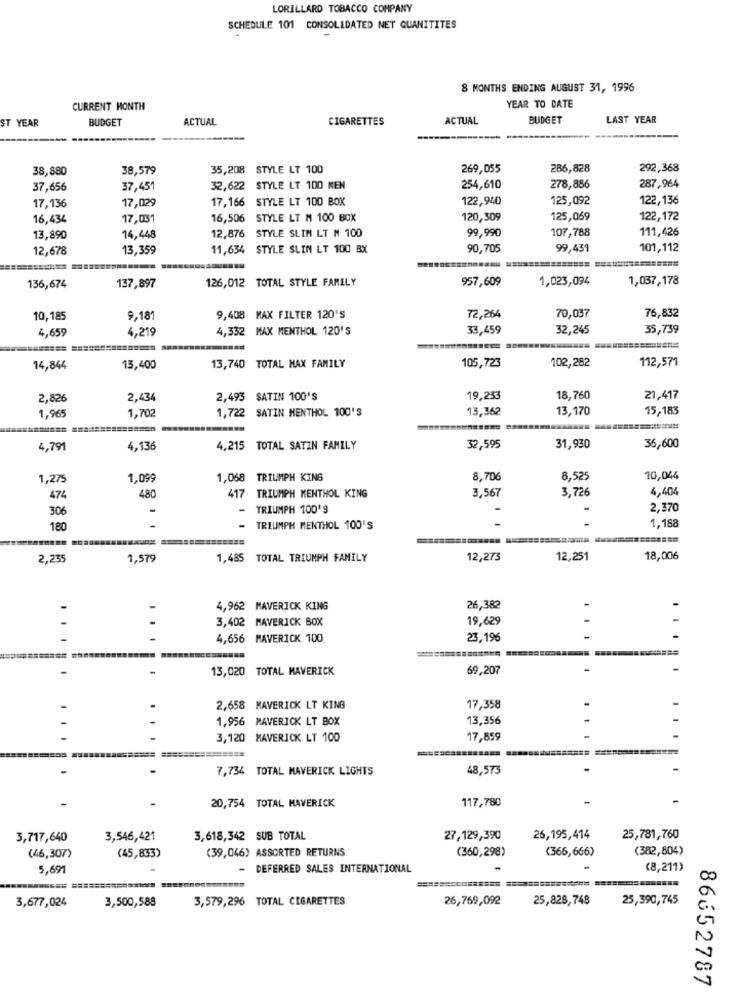
LORILLARD TOBACCO COMPANY
SCHEDULE 101 CONSOLIDATED NET QUANITITES
8 MONTHS ENDING AUGUST 31, 1996
CURRENT MONTH
YEAR TO DATE
ST YEAR
BUDGET
ACTUAL
CIGARETTES
ACTUAL
BUDGET
LAST YEAR
38,880
38,579
35,208 STYLE LT 100
269,055
286,828
292,368
287,964
37,656
37,451
32,622 STYLE LT 100 MEN
254,610
278,886
17,029
17,166 STYLE LT 100 BOX
122,940
125,092
122,136
17,136
16,434
17,031
16,506 STYLE LT M 100 BOX
120,309
125,069
122,172
12,876 STYLE SLIM LT M 100
99,990
107,788
111,426
13,890
14,448
12,678
13,359
11,634 STYLE SLIN LT 100 BX
90,705
99,431
101,112
126,012 TOTAL STYLE FAMILY
957,609
1,023,094
1,037,178
136,674
137,897
10,185
9,18
9,408 MAX FILTER 120'S
72,264
70,037
76,832
4,659
4,219
4,332 MAX MENTHOL 120'S
33,459
32,245
35,739
105,723
102,282
112,571
14,844
13,400
13,740
TOTAL MAX FAMILY
2,826
2,434
2,493 SATIN 100'S
19,233
18,760
21,417
1,722 SATIN MENTHOL 100'S
13,362
13,170
15,183
1,965
1,702
4,791
4,136
4,215 TOTAL SATIN FAMILY
32,595
31,930
36,600
1,275
1,099
1,068 TRIUMPH KING
8,706
8,525
10,044
TRIUMPH MENTHOL KING
3,567
3,726
4,404
474
480
417
306
-
TRIUMPH 100'S
2,370
1,188
180
- TRIUMPH MENTHOL 100'S
2,235
1,579
1,485 TOTAL TRIUMPH FAMILY
12,273
12,251
18,006
4,962 MAVERICK KING
26,382
3,402 MAVERICK BOX
19,629
4,656 MAVERICK 100
23,196
=======
13,020 TOTAL MAVERICK
69,207
2,658 MAVERICK LT KING
17,358
1.956 MAVERICK LT BOX
13,356
3,120 MAVERICK LT 100
17,859
7,734 TOTAL MAVERICK LIGHTS
48,573
20,754 TOTAL MAVERICK
117,780
3,717,640
3,546,421
3,618,342 SUB TOTAL
27,129,390
26,195,414
25,781,760
(39,046) ASSORTED RETURNS
(360,298)
(366,666)
(382,804)
(46,307)
(45,833)
5,691
DEFERRED SALES INTERNATIONAL
(8,211)
3,677,024
3,500,588
3,579,296 TOTAL CIGARETTES
26,769,092
25,826,748
25,390,745
86652787